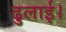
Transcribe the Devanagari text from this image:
ढुलाई।